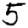
Digit: 5